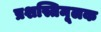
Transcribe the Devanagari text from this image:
प्रशस्तिमूलक